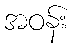
အဝန်း